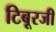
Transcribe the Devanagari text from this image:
टिबूरजी